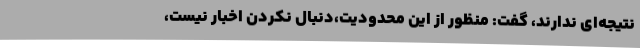
نتیجه‌ای ندارند، گفت: منظور از این محدودیت،دنبال نکردن اخبار نیست،